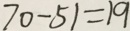
7 0 - 5 1 = 1 9